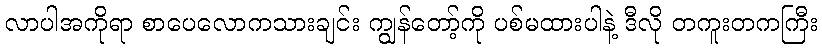
လာပါအကိုရာ စာပေလောကသားချင်း ကျွန်တော့်ကို ပစ်မထားပါနဲ့ ဒီလို တကူးတကကြီး